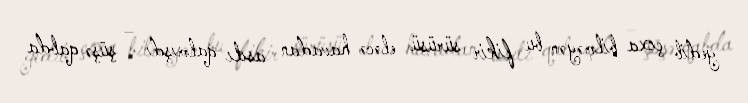
gedib çıxa bilməyən bu fikir sürüsü eləcə havadan asılı qalmışdı – şüşə qabda